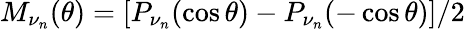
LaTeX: M_{\nu_{n}}(\theta)=[P_{\nu_{n}}(\cos\theta)-P_{\nu_{n}}(-\cos\theta)]/2